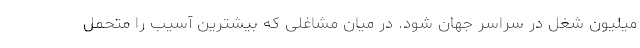
میلیون شغل در سراسر جهان شود. در میان مشاغلی که بیشترین آسیب را متحمل